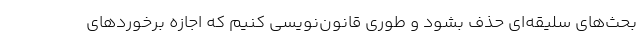
بحث‌های سلیقه‌ای حذف بشود و طوری قانون‌نویسی کنیم که اجازه برخوردهای